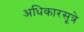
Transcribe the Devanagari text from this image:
अधिकारसूत्रे